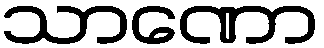
သာဏော